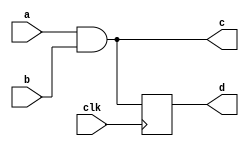
// This program was cloned from: https://github.com/efabless/clear
// License: Apache License 2.0

/////////////////////////////////////////
//  Functionality: 2-input AND with clocked 
//                 and combinational outputs 
////////////////////////////////////////

`timescale 1ns / 1ps

module and2_latch(
  a,
  b,
  clk,
  c,
  d);

input wire clk;

input wire a;
input wire b;
output wire c;
output reg d;

assign c = a & b;

always @(posedge clk) begin
  d <= c;
end

endmodule